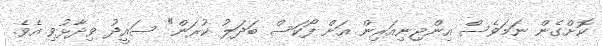
ކޮށްގެން ނަމަވެސް އިންޖިނިއަރިން އަށް ފޯކަސް ބަދަލު ކުރަން" ސައީދު ވިދާޅުވި އެވެ.